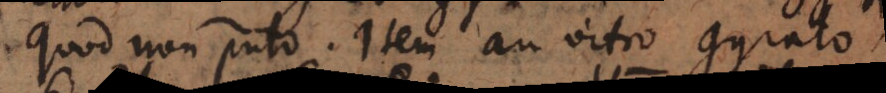
quod non puto. Item an vitro gyrato